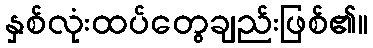
နှစ်လုံးထပ်တွေချည်းဖြစ်၏။